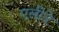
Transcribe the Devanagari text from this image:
एलीने